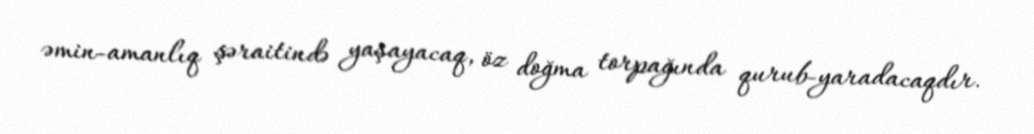
əmin-amanlıq şəraitində yaşayacaq, öz doğma torpağında qurub-yaradacaqdır.